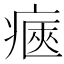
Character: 𤷾